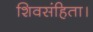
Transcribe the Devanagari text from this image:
शिवसंहिता।